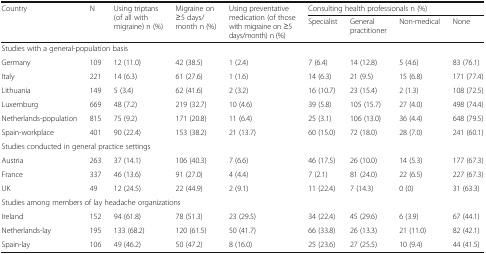
<table><thead><tr><td rowspan="2"><b>Country</b></td><td rowspan="2"><b>N</b></td><td rowspan="2"><b>Using triptans (of all with migraine) n (%)</b></td><td rowspan="2"><b>Migraine on ≥5 days/month n (%)</b></td><td rowspan="2"><b>Using preventative medication (of those with migraine on ≥5 days/month) n (%)</b></td><td colspan="4"><b>Consulting health professionals n (%)</b></td></tr><tr><td><b>Specialist</b></td><td><b>General practitioner</b></td><td><b>Non-medical</b></td><td><b>None</b></td></tr></thead><tbody><tr><td colspan="9">Studies with a general-population basis</td></tr><tr><td>Germany</td><td>109</td><td>12 (11.0)</td><td>42 (38.5)</td><td>1 (2.4)</td><td>7 (6.4)</td><td>14 (12.8)</td><td>5 (4.6)</td><td>83 (76.1)</td></tr><tr><td>Italy</td><td>221</td><td>14 (6.3)</td><td>61 (27.6)</td><td>1 (1.6)</td><td>14 (6.3)</td><td>21 (9.5)</td><td>15 (6.8)</td><td>171 (77.4)</td></tr><tr><td>Lithuania</td><td>149</td><td>5 (3.4)</td><td>62 (41.6)</td><td>2 (3.2)</td><td>16 (10.7)</td><td>23 (15.4)</td><td>2 (1.3)</td><td>108 (72.5)</td></tr><tr><td>Luxemburg</td><td>669</td><td>48 (7.2)</td><td>219 (32.7)</td><td>10 (4.6)</td><td>39 (5.8)</td><td>105 (15.7)</td><td>27 (4.0)</td><td>498 (74.4)</td></tr><tr><td>Netherlands-population</td><td>815</td><td>75 (9.2)</td><td>171 (20.8)</td><td>11 (6.4)</td><td>25 (3.1)</td><td>106 (13.0)</td><td>36 (4.4)</td><td>648 (79.5)</td></tr><tr><td>Spain-workplace</td><td>401</td><td>90 (22.4)</td><td>153 (38.2)</td><td>21 (13.7)</td><td>60 (15.0)</td><td>72 (18.0)</td><td>28 (7.0)</td><td>241 (60.1)</td></tr><tr><td colspan="9">Studies conducted in general practice settings</td></tr><tr><td>Austria</td><td>263</td><td>37 (14.1)</td><td>106 (40.3)</td><td>7 (6.6)</td><td>46 (17.5)</td><td>26 (10.0)</td><td>14 (5.3)</td><td>177 (67.3)</td></tr><tr><td>France</td><td>337</td><td>46 (13.6)</td><td>91 (27.0)</td><td>4 (4.4)</td><td>7 (2.1)</td><td>81 (24.0)</td><td>22 (6.5)</td><td>227 (67.3)</td></tr><tr><td>UK</td><td>49</td><td>12 (24.5)</td><td>22 (44.9)</td><td>2 (9.1)</td><td>11 (22.4)</td><td>7 (14.3)</td><td>0 (0)</td><td>31 (63.3)</td></tr><tr><td colspan="9">Studies among members of lay headache organizations</td></tr><tr><td>Ireland</td><td>152</td><td>94 (61.8)</td><td>78 (51.3)</td><td>23 (29.5)</td><td>34 (22.4)</td><td>45 (29.6)</td><td>6 (3.9)</td><td>67 (44.1)</td></tr><tr><td>Netherlands-lay</td><td>195</td><td>133 (68.2)</td><td>120 (61.5)</td><td>50 (41.7)</td><td>66 (33.8)</td><td>26 (13.3)</td><td>21 (11.0)</td><td>82 (42.1)</td></tr><tr><td>Spain-lay</td><td>106</td><td>49 (46.2)</td><td>50 (47.2)</td><td>8 (16.0)</td><td>25 (23.6)</td><td>27 (25.5)</td><td>10 (9.4)</td><td>44 (41.5)</td></tr></tbody></table>